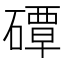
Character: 磹